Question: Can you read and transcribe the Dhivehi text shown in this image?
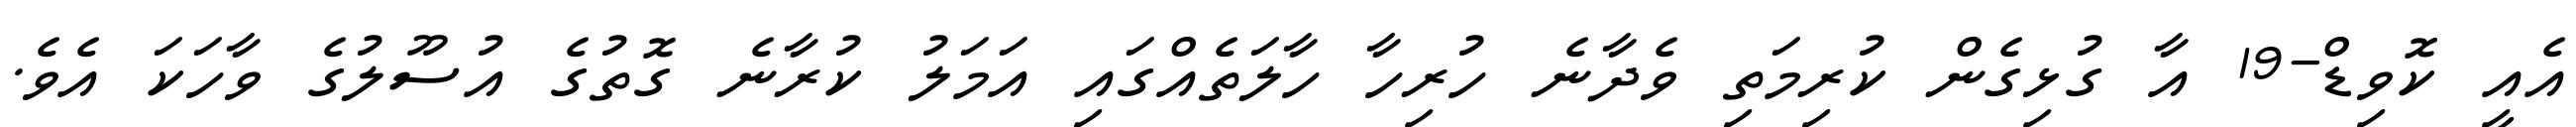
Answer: އެއީ ކޮވިޑް-19 އާ ގުޅިގެން ކުރިމަތި ވެދާނެ ހުރިހާ ހާލަތެއްގައި އަމަލު ކުރާނެ ގޮތުގެ އުސޫލުގެ ވާހަކަ އެވެ.